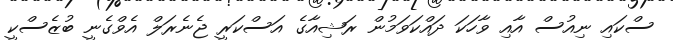
ސްކައި ނިއުސް އާއި ވާހަކަ ދައްކަވަމުން ރަޝިއާގެ އަސްކަރީ ޖެނެރަލް އެވްގެނީ ބުޒެސްކީ